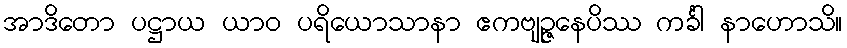
အာဒိတော ပဋ္ဌာယ ယာဝ ပရိယောသာနာ ဧကဗျဉ္ဇနေပိဿ ကင်္ခါ နာဟောသိ။